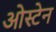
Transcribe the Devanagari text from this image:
ओस्टेन